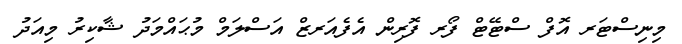
މިނިސްޓަރ އޮފް ސްޓޭޓް ފޯރ ފޮރިން އެފެއަރޒް އަސްލަމް މުޙައްމަދު ޝާކިރު މިއަދު